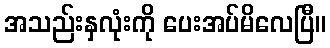
အသည်းနှလုံးကို ပေးအပ်မိလေပြီ။